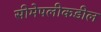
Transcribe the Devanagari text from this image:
सीमेपलीकडील